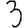
Digit: 3